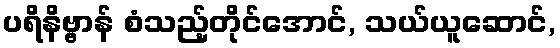
ပရိနိဗ္ဗာန် စံသည့်တိုင်အောင်, သယ်ယူဆောင်,